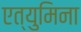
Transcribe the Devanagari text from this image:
एत्‍युमिना